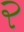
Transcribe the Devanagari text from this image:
२